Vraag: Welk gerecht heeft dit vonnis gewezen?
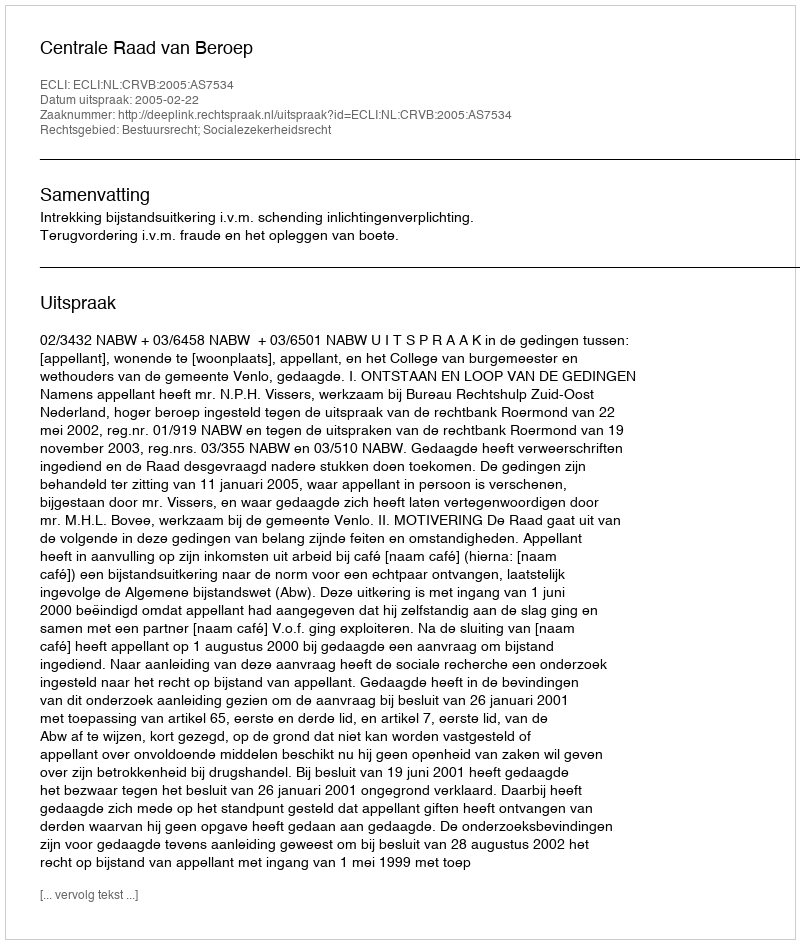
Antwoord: Centrale Raad van Beroep